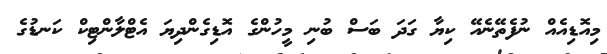
މިއޮޑިއެއް ނުފެތޭނެއޭ ކިޔާ ގަދަ ބަސް ބުނި މީހުންގެ އޮޑިގެންދިޔަ އެޓްލާންޓިކް ކަނޑުގެ